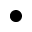
\bullet